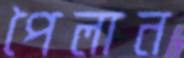
পৈলান